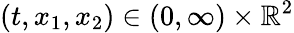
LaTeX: (t,x_{1},x_{2})\in(0,\infty)\times\mathbb{R}^{2}